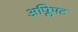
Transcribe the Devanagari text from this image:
अप्लिफ्ट